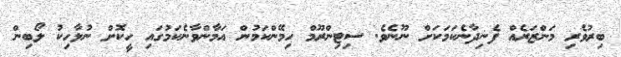
ބިރުވެރި މަންޒަރެއް ފެނިދާނެކަމަކަށް ނޫނެވެ. ސިޓިންރޫމް ހިމޭންކަމުން އަމާންވާނެކަމުގައި ހީކޮށް ނުލާހިކު ލޯބިން